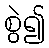
စွဲ၍